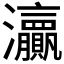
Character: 𱪞